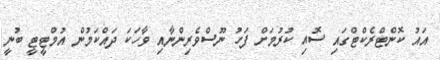
އައު ކޮންޓްރެކްޓްގައި ސޮއި ކުރުމަށް ފަހު ނޫސްވެރިންނާއި ވާހަކަ ދައްކަމުން އުމްޓީޓީ ބުނީ